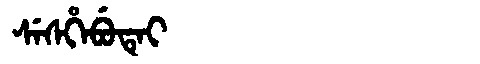
Manchu: ᠰᡝᠰᡥᡝᠪᡠᡨᡝᡳ
Romanization: SESHEBUTEI